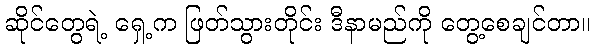
ဆိုင်တွေရဲ့ ရှေ့က ဖြတ်သွားတိုင်း ဒီနာမည်ကို တွေ့စေချင်တာ။